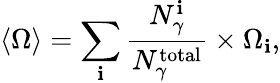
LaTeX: \langle{\Omega}\rangle=\sum_{\mathbf{i}}\frac{{N_{\gamma}^{\mathrm{{\mathbf{i}}}}}}{{N_{\gamma}^{\mathrm{{total}}}}}\times{\Omega}_{\mathbf{i}},